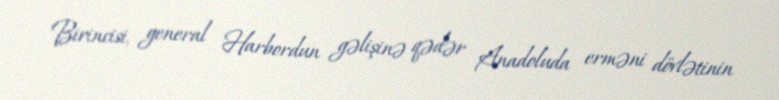
Birincisi, general Harbordun gəlişinə qədər Anadoluda erməni dövlətinin